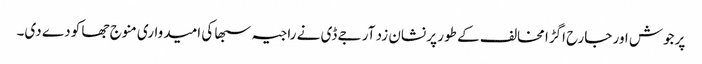
پرجوش اور جارح اگڑا مخالف کے طور پر نشان زد آر جے ڈی نے راجیہ سبھا کی امیدواری منوج جھا کو دے دی۔